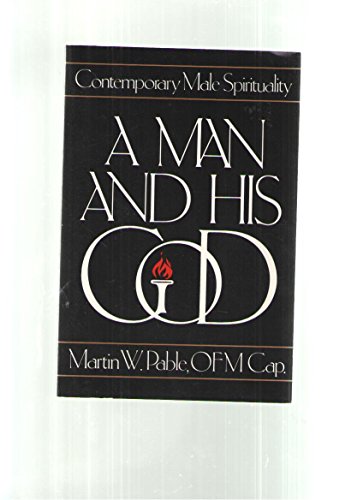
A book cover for A Man and His God (Contemporary Male Spiriturality); Martin W. Pable; Religion & Spirituality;